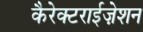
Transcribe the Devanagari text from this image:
कैरेक्टराईज़ेशन